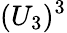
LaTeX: (U_{3})^{3}